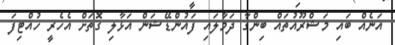
އަނެއް ބައި މަޝްރޫއުތައް ބިންގާ ދަމާލައި ފައުންޑޭޝަން އަޅާލި ގޮތަށް އެހެރީ ހުއްޓިފަ